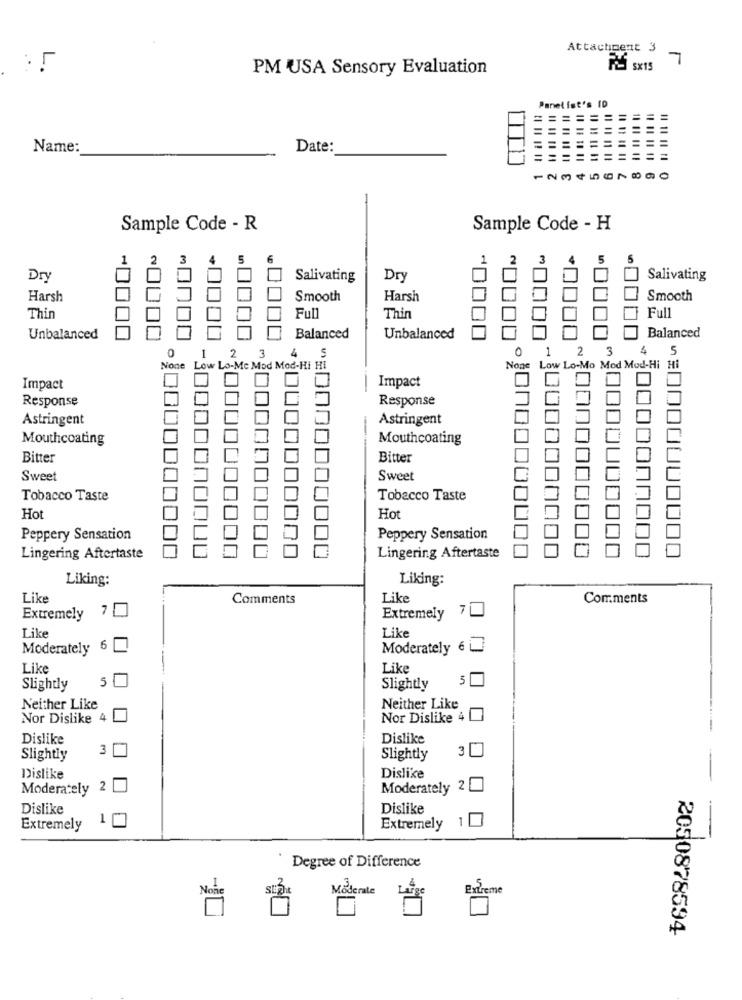
Attachment 3
7
PM USA Sensory Evaluation
FSX15
Panel ist's ID
Name:
Date:
1234567890
Sample Code - R
Sample Code - H
2
1
3
5
Dry
Salivating
Dry
Salivating
Harsh
Smooth
Harsh
Smooth
Thin
Full
Thin
Full
Unbalanced
Balanced
Unbalanced
Balanced
0
2
3
0
2
3
5
Low Lo-Mc Mod Mod-Hi HI
None Low Lo-Mo Mod Mod-Hi Hi
Impact
Impact
Response
Response
Astringent
Astringent
Mouthcoating
Mouthcoating
Bitter
Bitter
Sweet
Sweet
Tobacco Taste
Tobacco Taste
Hot
Ho
Peppery Sensation
Peppery Sensation
Lingering Aftertaste
Lingering Aftertaste
Liking:
Liking:
Like
Comments
Like
Comments
7
Extremely 7
Extremely
Like
Like
Moderately
6
Moderately 6
Like
Like
5
5
Slightly
Slightly
Neither Like
Neither Like
Nor Dislike 4
Nor Dislike 4
Dislike
Dislike
3
3
Slightly
Slightly
Dislike
Dislike
Moderately
2
Moderately
2
Dislike
Dislike
1
1
Extremely
Extremely
Degree of Difference
Moderate
Extreme
2050878594